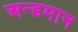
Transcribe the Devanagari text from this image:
अन्डमान